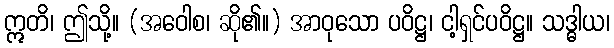
ဣတိ၊ ဤသို့။ (အဝေါစ၊ ဆို၏။) အာဝုသော ပဝိဋ္ဌ၊ ငါ့ရှင်ပဝိဋ္ဌ။ သဒ္ဓါယ၊